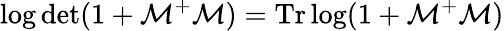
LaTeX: \log\mathrm{det}(1+{\cal{M}}^{+}{\cal{M}})=\mathrm{Tr}\log(1+{\cal{M}}^{+}{\cal{M}})